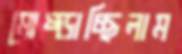
মোষ্‌ড়াচ্ছিলাম